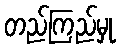
တည်ကြည်မှု